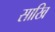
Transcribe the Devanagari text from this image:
साखि